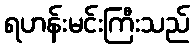
ရဟန်းမင်းကြီးသည်